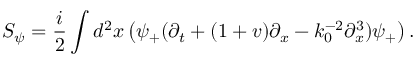
S _ { \psi } = \frac { i } { 2 } \int d ^ { 2 } x \left( \psi _ { + } ( \partial _ { t } + ( 1 + v ) \partial _ { x } - k _ { 0 } ^ { - 2 } \partial _ { x } ^ { 3 } ) \psi _ { + } \right) .